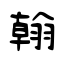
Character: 翰